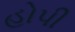
હોપી